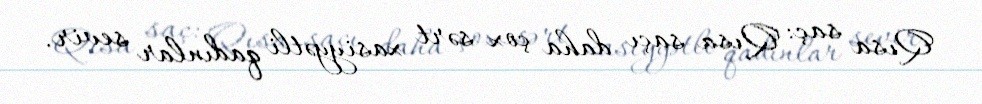
Qısa saç: Qısa saçı daha çox sərt xasiyyətli qadınlar sevir.